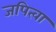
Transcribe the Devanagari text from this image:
जपित्वा